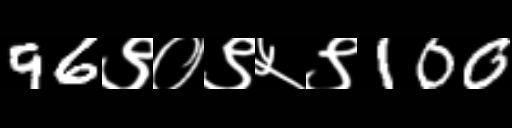
Text: 96९०९५९100